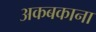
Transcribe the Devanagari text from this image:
अकबकाना